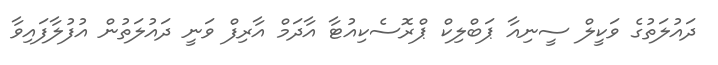
ދައުލަތުގެ ވަކީލް ސީނިއާ ޕަބްލިކް ޕްރޮސެކިއުޓާ އާދަމް އާރިފް ވަނީ ދައުލަތުން އުފުލާފައިވާ